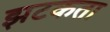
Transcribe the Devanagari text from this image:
झटकता